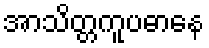
အာသိတ္တကူပဓာနေ